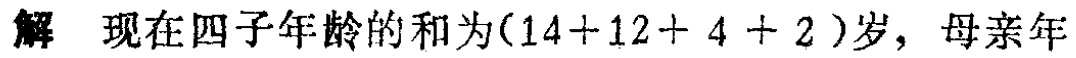
解 现在四子年龄的和为\((14 + 12 + 4 + 2)\)岁，母亲年